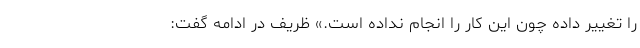
را تغییر داده چون این کار را انجام نداده است.» ظریف در ادامه گفت: